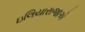
ઇલિયારાજાએ